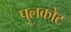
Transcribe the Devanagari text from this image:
पुलकोट